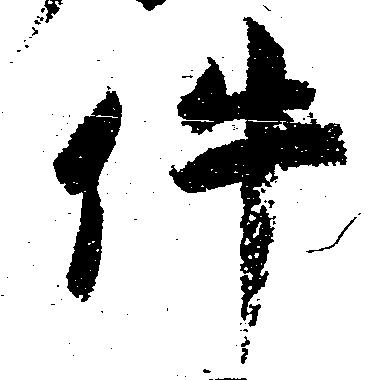
件